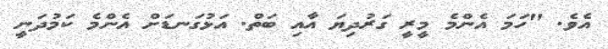
އެވެ. "ހަމަ އެންމެ މީރީ ގަރުދިޔަ އާއި ބަތް. އަޅުގަނޑަށް އެންމެ ކަމުދަނީ